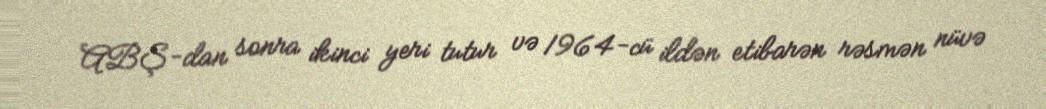
ABŞ-dan sonra ikinci yeri tutur və 1964-cü ildən etibarən rəsmən nüvə